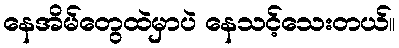
နေအိမ်တွေထဲမှာပဲ နေသင့်သေးတယ်။